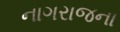
નાગરાજના